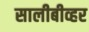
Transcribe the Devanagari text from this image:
सालीबीव्हर